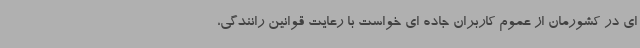
ای در کشورمان از عموم کاربران جاده ای خواست با رعایت قوانین رانندگی،